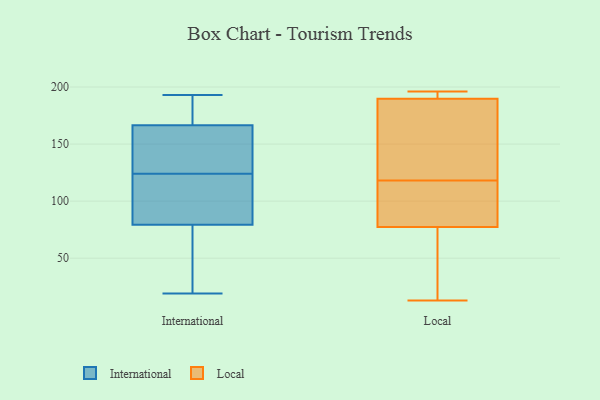
{"axis": {"x": "Headcount", "y": "Value"}, "legend": ["International", "Local"], "data": [{"x": "", "y": 180, "type": "International"}, {"x": "", "y": 62, "type": "International"}, {"x": "", "y": 87, "type": "International"}, {"x": "", "y": 85, "type": "International"}, {"x": "", "y": 143, "type": "International"}, {"x": "", "y": 193, "type": "International"}, {"x": "", "y": 186, "type": "International"}, {"x": "", "y": 21, "type": "International"}, {"x": "", "y": 19, "type": "International"}, {"x": "", "y": 124, "type": "International"}, {"x": "", "y": 152, "type": "International"}, {"x": "", "y": 115, "type": "International"}, {"x": "", "y": 162, "type": "International"}, {"x": "", "y": 16, "type": "Local"}, {"x": "", "y": 188, "type": "Local"}, {"x": "", "y": 195, "type": "Local"}, {"x": "", "y": 162, "type": "Local"}, {"x": "", "y": 196, "type": "Local"}, {"x": "", "y": 66, "type": "Local"}, {"x": "", "y": 81, "type": "Local"}, {"x": "", "y": 150, "type": "Local"}, {"x": "", "y": 196, "type": "Local"}, {"x": "", "y": 118, "type": "Local"}, {"x": "", "y": 82, "type": "Local"}, {"x": "", "y": 13, "type": "Local"}, {"x": "", "y": 118, "type": "Local"}]}